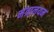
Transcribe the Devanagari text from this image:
मंत्रालयम